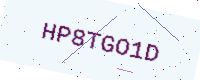
Text: HP8TGO1D